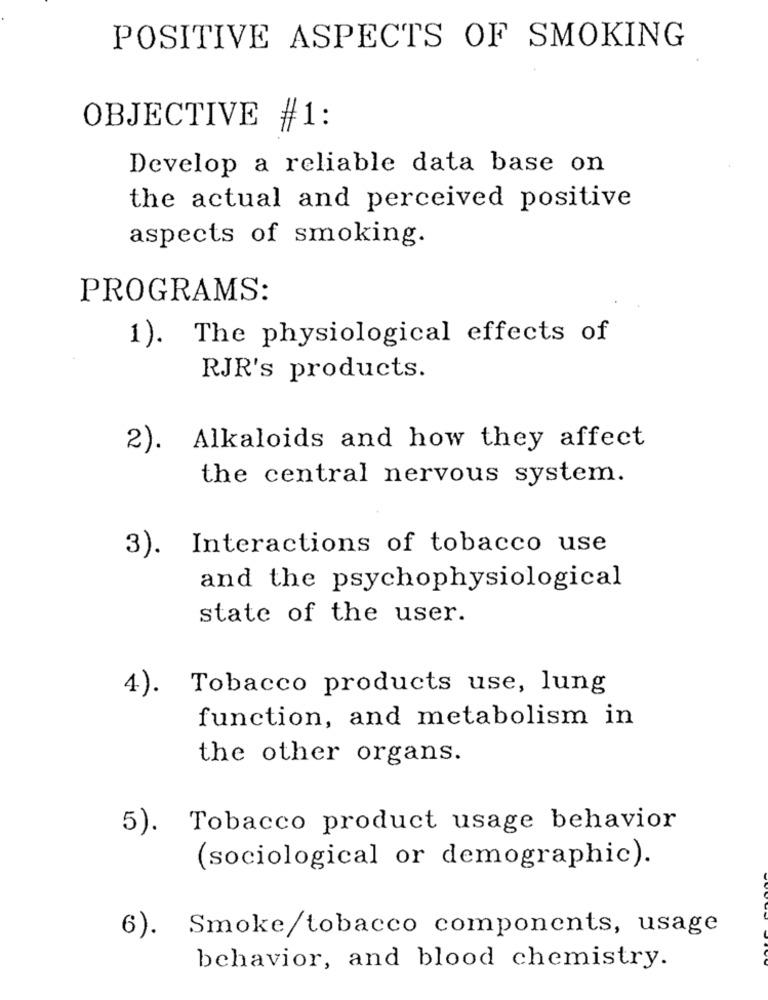
POSITIVE ASPECTS OF SMOKING
OBJECTIVE #1:
Develop a reliable data base on
the actual and perceived positive
aspects of smoking.
PROGRAMS:
1). The physiological effects of
RJR's products.
2). Alkaloids and how they affect
the central nervous system.
3). Interactions of tobacco use
and the psychophysiological
state of the user.
Tobacco products use, lung
4).
function, and metabolism in
the other organs.
5). Tobacco product usage behavior
(sociological or demographic).
6). Smoke/tobacco components, usage
behavior, and blood chemistry.